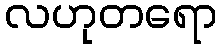
လဟုတရော